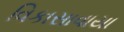
વિકાસાવાયા